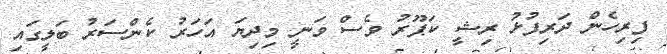
ފިރިހެން ދަރިފުޅު ރިޝީ ކަޕޫރު ވެސް ވަނީ މިދިޔަ އަހަރު ކެންސަރު ބަލީގައި